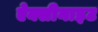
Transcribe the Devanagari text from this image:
ऐक्सीनाइट